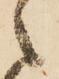
之